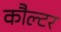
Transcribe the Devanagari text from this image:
कौल्टर